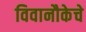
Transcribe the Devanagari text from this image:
विवानौकेचे